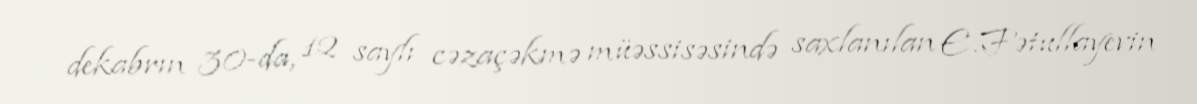
dekabrın 30-da, 12 saylı cəzaçəkmə müəssisəsində saxlanılan E.Fətullayevin